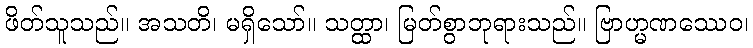
ဖိတ်သူသည်။ အသတိ၊ မရှိသော်။ သတ္ထာ၊ မြတ်စွာဘုရားသည်။ ဗြာဟ္မဏဿေဝ၊